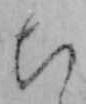
ち